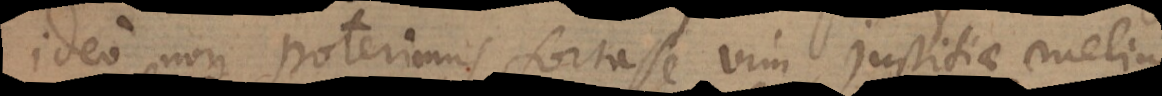
ideo non poterimus fortasse vim melius